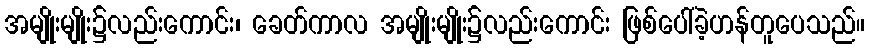
အမျိုးမျိုး၌လည်းကောင်း၊ ခေတ်ကာလ အမျိုးမျိုး၌လည်းကောင်း ဖြစ်ပေါ်ခဲ့ဟန်တူပေသည်။